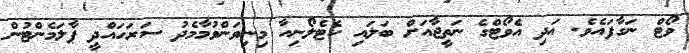
ވޯޓް ނަގާފައެވެ. އަދި އެވޯޓްގެ ނަތީޖާއަށް ބަލައި ކެޓެލޯނިއާ މިނިވަންވުމާމެދު ސަރަހައްދީ ޕާލަމެންޓުން